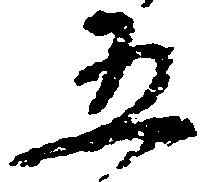
五